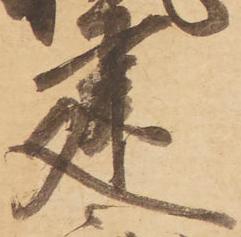
建